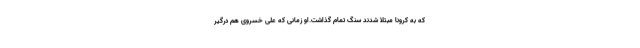
که به کرونا مبتلا شدند سنگ تمام گذاشت.او زمانی که علی خسروی هم درگیر